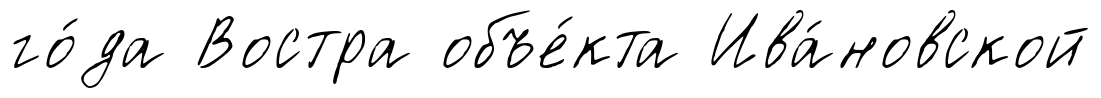
го́да Востра объе́кта Ива́новской